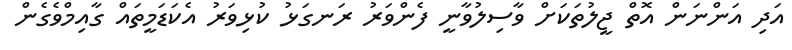
އަދި އަންނަން އޮތް ޖީލުތަކަށް ވާސިލުވާނީ ފެންވަރު ރަނގަޅު ކުޅިވަރު އެކަޑަމީތައް ގާއިމްވެގެން